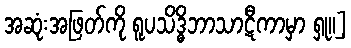
အဆုံးအဖြတ်ကို ရူပသိဒ္ဓိဘာသာဋီကာမှာ ရှု။]